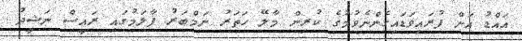
އައްޑު އަށް ފުރައިވަޑައިގެންނެވުމުގެ ކުރިން މާލޭ ހަތަރު ނަމްބަރު ފާލަމުގައި ރައީސް ނަޝީދު